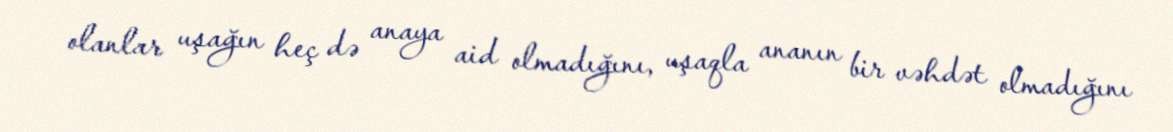
olanlar uşağın heç də anaya aid olmadığını, uşaqla ananın bir vəhdət olmadığını